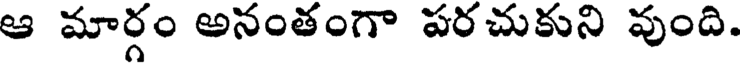
ఆ మార్గం అనంతంగా పరచుకుని వుంది.